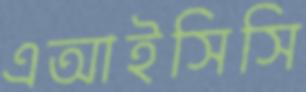
এআইসিসি